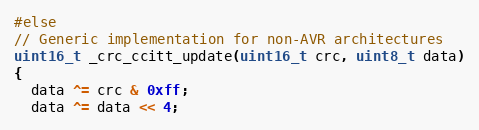
Language: C++
#else
// Generic implementation for non-AVR architectures
uint16_t _crc_ccitt_update(uint16_t crc, uint8_t data)
{
  data ^= crc & 0xff;
  data ^= data << 4;